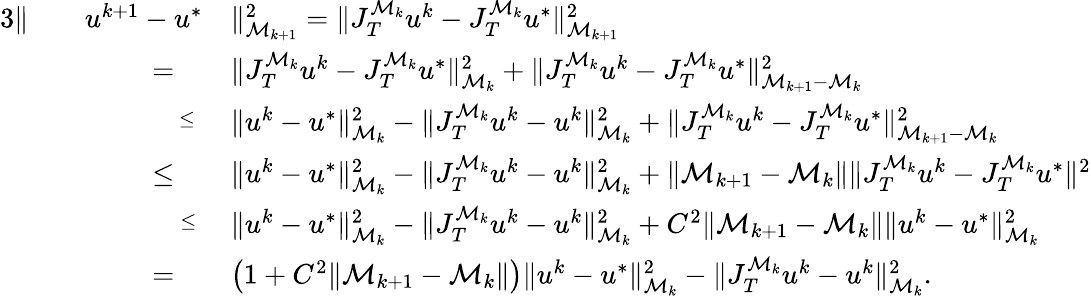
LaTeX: \begin{array}{rlrl}{{3}\Vert}&{}&{u^{k+1}-u^{*}}&{\Vert_{\mathcal M_{k+1}}^{2}=\Vert J_{T}^{\mathcal M_{k}}u^{k}-J_{T}^{\mathcal M_{k}}u^{*}\Vert_{\mathcal M_{k+1}}^{2}}\\ &{}&{=\quad}&{\Vert J_{T}^{\mathcal M_{k}}u^{k}-J_{T}^{\mathcal M_{k}}u^{*}\Vert_{\mathcal M_{k}}^{2}+\Vert J_{T}^{\mathcal M_{k}}u^{k}-J_{T}^{\mathcal M_{k}}u^{*}\Vert_{\mathcal M_{k+1}-\mathcal M_{k}}^{2}}\\ &{}&{\overset{\leq}\; \; }&{\Vert u^{k}-u^{*}\Vert_{\mathcal M_{k}}^{2}-\Vert J_{T}^{\mathcal M_{k}}u^{k}-u^{k}\Vert_{\mathcal M_{k}}^{2}+\Vert J_{T}^{\mathcal M_{k}}u^{k}-J_{T}^{\mathcal M_{k}}u^{*}\Vert_{\mathcal M_{k+1}-\mathcal M_{k}}^{2}}\\ &{}&{\leq\quad}&{\Vert u^{k}-u^{*}\Vert_{\mathcal M_{k}}^{2}-\Vert J_{T}^{\mathcal M_{k}}u^{k}-u^{k}\Vert_{\mathcal M_{k}}^{2}+\Vert\mathcal M_{k+1}-\mathcal M_{k}\Vert\Vert J_{T}^{\mathcal M_{k}}u^{k}-J_{T}^{\mathcal M_{k}}u^{*}\Vert^{2}}\\ &{}&{\overset{\leq}\quad}&{\Vert u^{k}-u^{*}\Vert_{\mathcal M_{k}}^{2}-\Vert J_{T}^{\mathcal M_{k}}u^{k}-u^{k}\Vert_{\mathcal M_{k}}^{2}+C^{2}\Vert\mathcal M_{k+1}-\mathcal M_{k}\Vert\Vert u^{k}-u^{*}\Vert_{\mathcal M_{k}}^{2}}\\ &{}&{=\quad}&{\left(1+C^{2}\Vert\mathcal M_{k+1}-\mathcal M_{k}\Vert\right)\Vert u^{k}-u^{*}\Vert_{\mathcal M_{k}}^{2}-\Vert J_{T}^{\mathcal M_{k}}u^{k}-u^{k}\Vert_{\mathcal M_{k}}^{2}.}\end{array}